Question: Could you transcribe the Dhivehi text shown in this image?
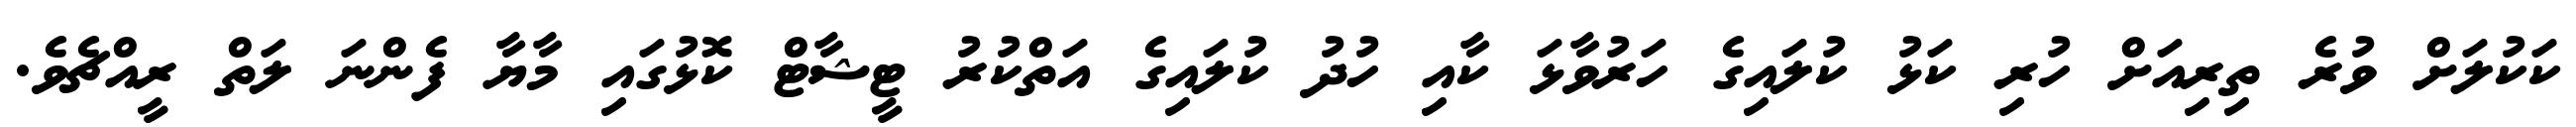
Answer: ކަކުލަށް ވުރެ ތިރިއަށް ހުރި ކަޅު ކުލައިގެ ހަރުވާޅަ ކާއި ހުދު ކުލައިގެ އަތްކުރު ޓީޝާޓް ކޮޅުގައި މާޔާ ފެންނަ ލަތް ރީއްޗެވެ.